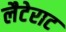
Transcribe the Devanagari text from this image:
लैटेराट